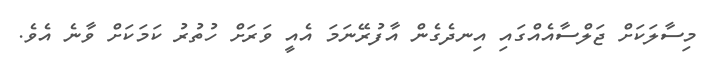
މިސާލަކަށް ޖަލްސާއެއްގައި އިނދެގެން އާފުރޭނަމަ އެއީ ވަރަށް ހުތުރު ކަމަކަށް ވާނެ އެވެ.